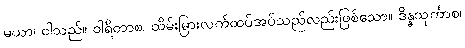
မယာ၊ ငါသည်။ ဝါရိတာစ၊ ထိမ်းမြားလက်ထပ်အပ်သည်လည်းဖြစ်သော။ ဒိန္နသုင်္ကာစ၊